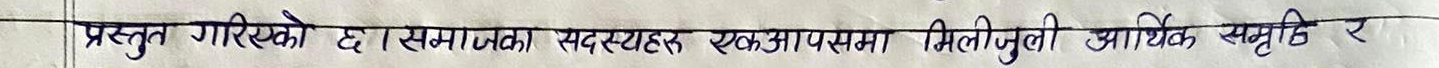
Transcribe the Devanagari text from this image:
प्रस्तुत गरिएको छ। समाजका सदस्यहरु एकआपसमा मिलीजुली आर्थिक समृद्धि र